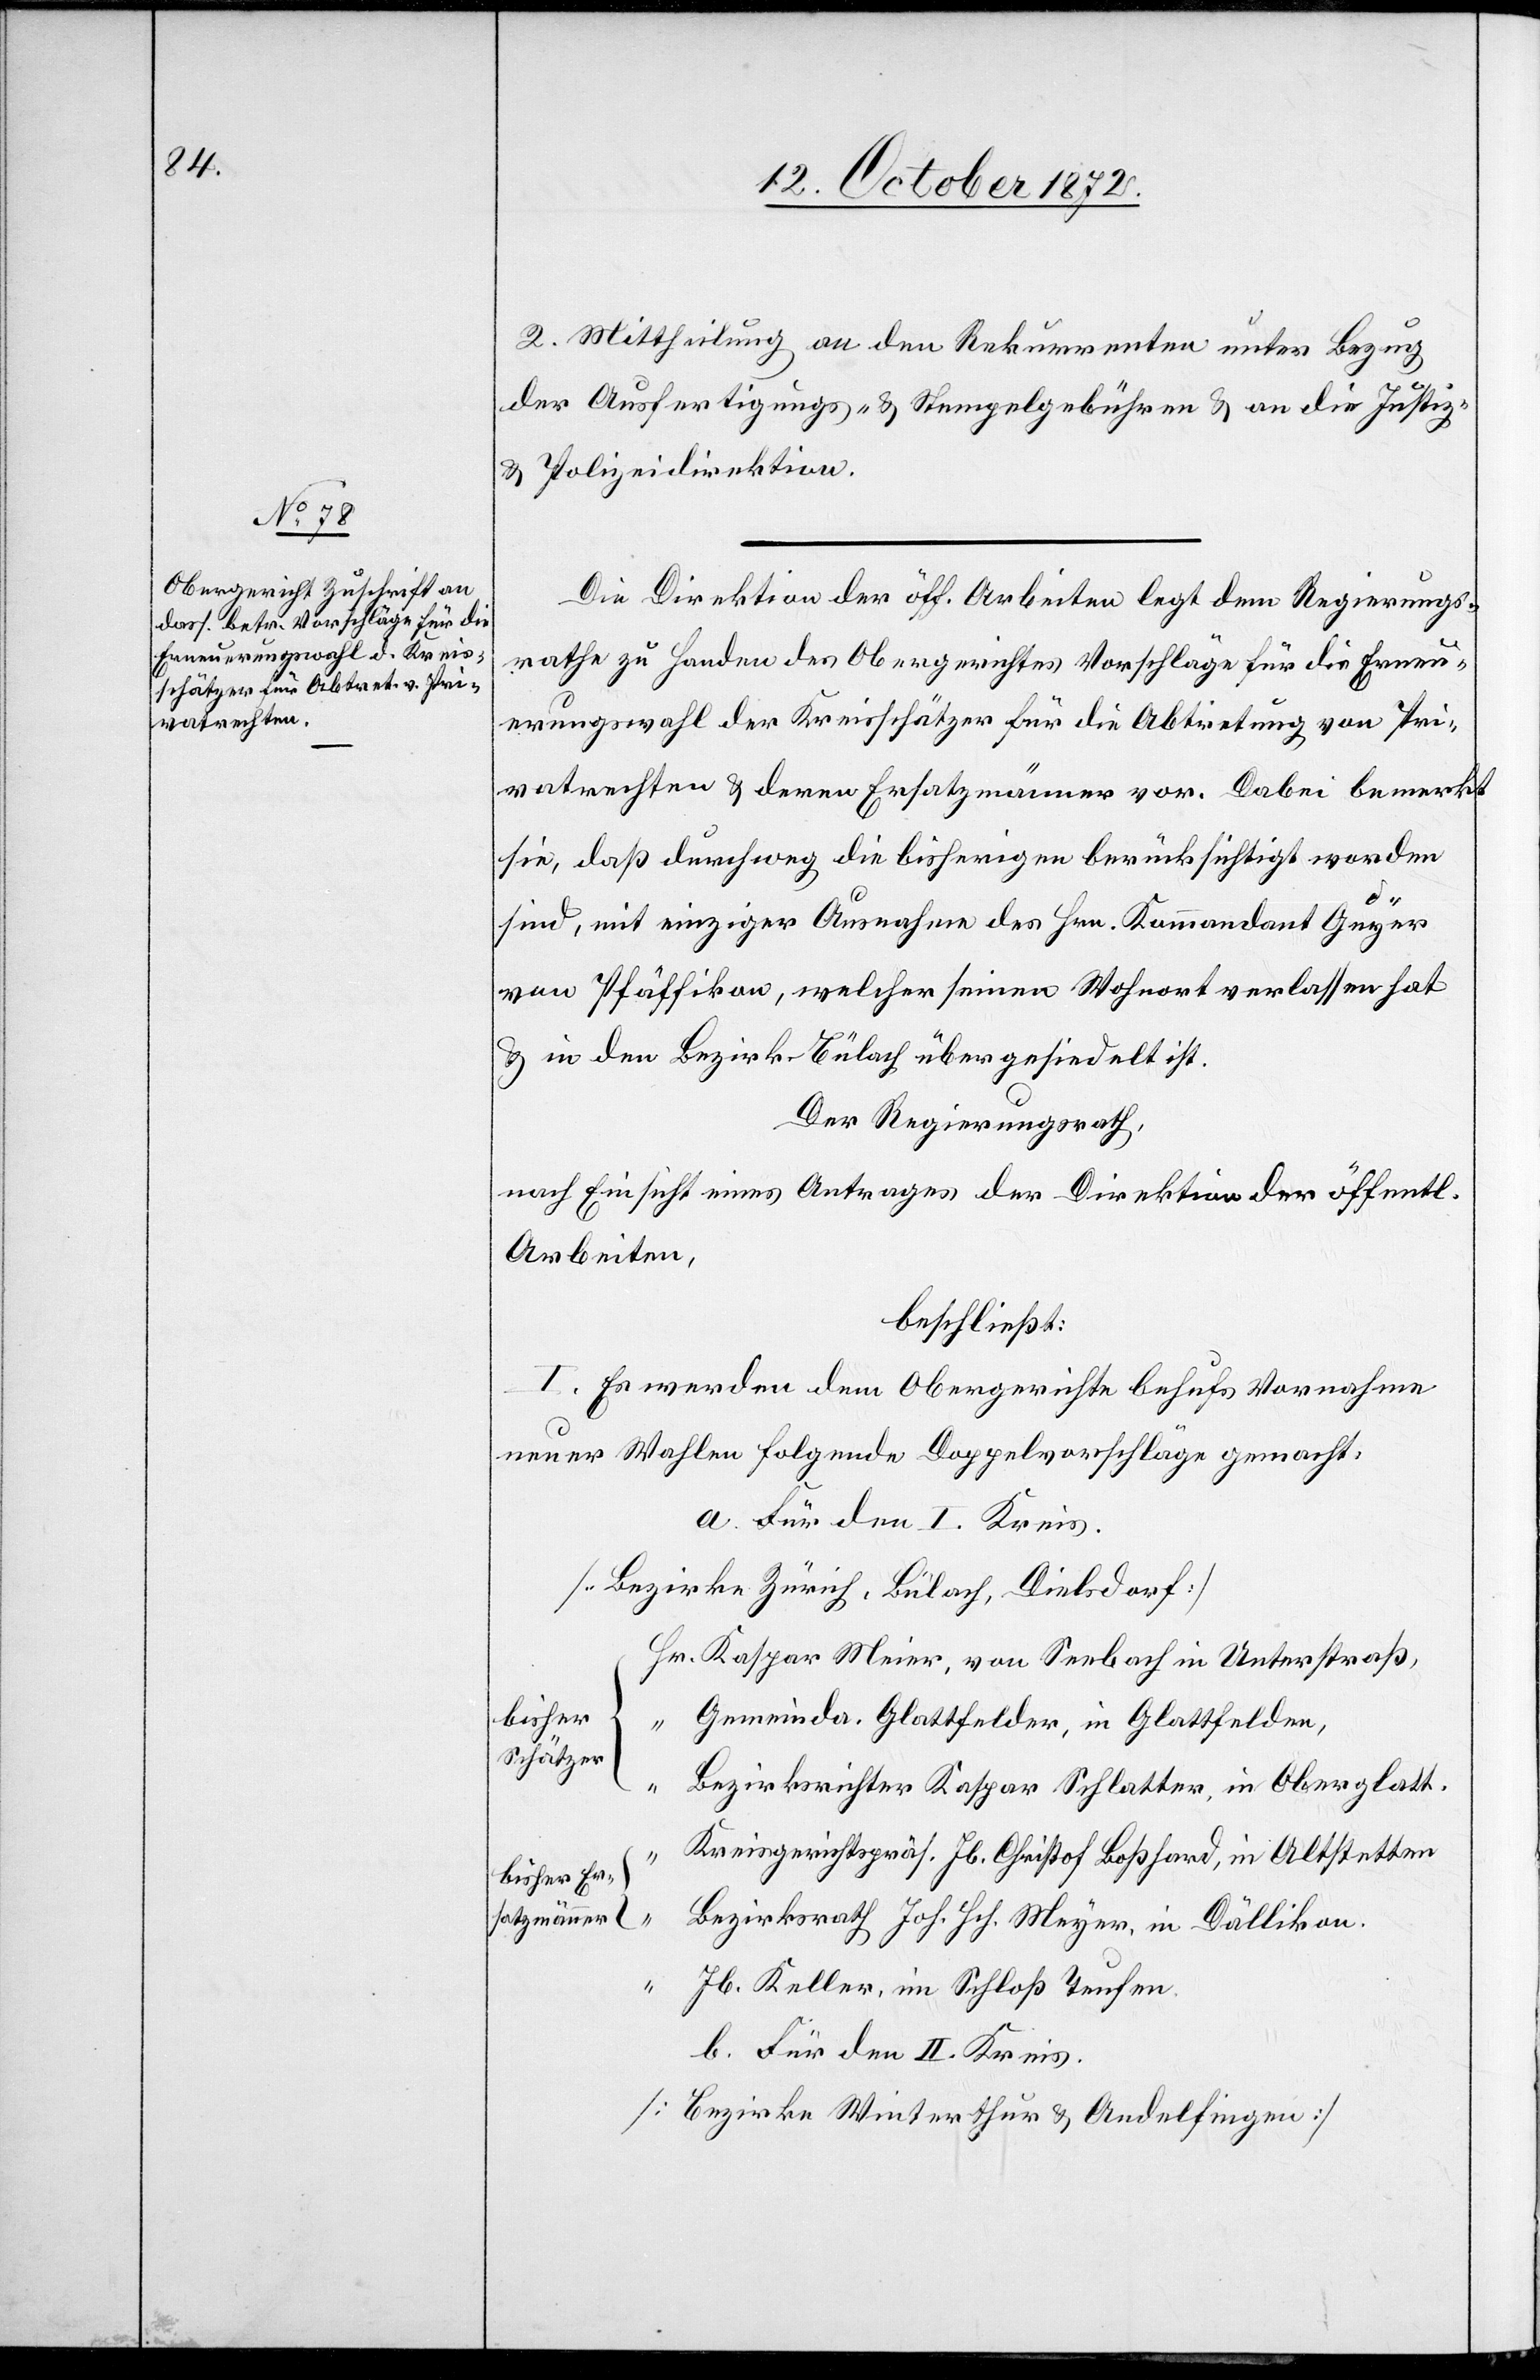
2. Mittheilung an den Rekurrenten unter Bezug
der Ausfertigungs- u. Stempelgebühren u. an die Justiz-
u. Polizeidirektion.
Die Direktion der öff. Arbeiten legt dem Regierungs¬
rathe zu Handen des Obergerichtes Vorschläge für die Erneu¬
erungswahl der Kreisschätzer für die Abtretung von Pri¬
vatrechten u. deren Ersatzmänner vor. Dabei bemerkt
sie, daß durchweg die bisherigen berücksichtigt worden
sind, mit einziger Ausnahme des Hrn. Kommandant Geyer
von Pfäffikon, welcher seinen Wohnort verlassen hat
u. in den Bezirk Bülach übergesiedelt ist.
Der Regierungsrath,
nach Einsicht eines Antrages der Direktion der öffentl¬
Arbeiten,
beschließt:
I. Es werden dem Obergerichte behufs Vornahme
neuer Wahlen folgende Doppelvorschläge gemacht.
a. Für den I. Kreis.
[Bezirke Zürich, Bülach, Dielsdorf]
Kaspar Meier, von Seebach in Unterstraß,
bisher
Gemeinda. Glattfelder, in Glattfelden,
Schätzer
Bezirksrichter Kaspar Schlatter, in Oberglatt.
{
Kreisgerichtspräs. Jb. Christof Boßhard, in Altstetten
bisher Er¬
satzmänner
Bezirksrath Joh. Hch. Meyer, in Dällikon.
“
Jb. Keller, im Schloß Teufen.
b. Für den II. Kreis.
[Bezirke Winterthur u. Andelfingen]